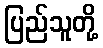
ပြည်သူတို့